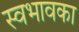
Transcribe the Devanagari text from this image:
स्वभावका